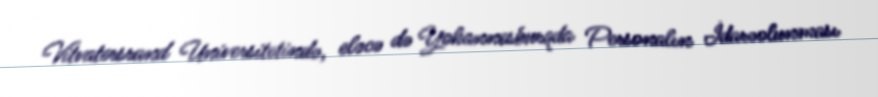
Vitvatersrand Universitetində, eləcə də Yohannesburqda Personalın İdarəolunması